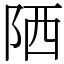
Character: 䧈